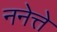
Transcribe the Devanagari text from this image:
ननेत्ते